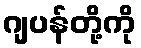
ဂျပန်တို့ကို